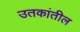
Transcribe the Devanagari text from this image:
उतकांतील